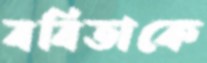
ববিতাকে